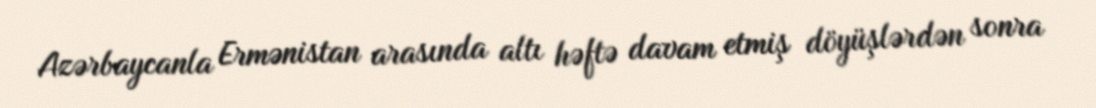
Azərbaycanla Ermənistan arasında altı həftə davam etmiş döyüşlərdən sonra